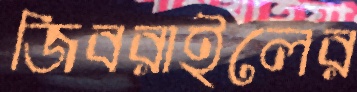
জিবরাইলের